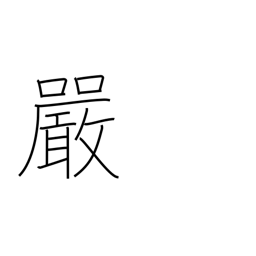
Meaning: strictness